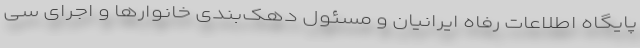
پایگاه اطلاعات رفاه ایرانیان و مسئول دهک‌بندی خانوارها و اجرای سی